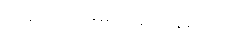
လမ်း အရမ်း ကြပ်နေမလား။